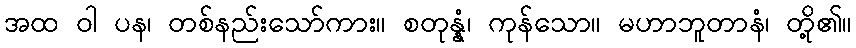
အထ ဝါ ပန၊ တစ်နည်းသော်ကား။ စတုန္နံ၊ ကုန်သော။ မဟာဘူတာနံ၊ တို့၏။